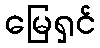
မြေရှင်